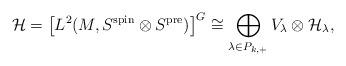
LaTeX: \begin{align*}\mathcal{H} = \big[L^2(M, S^{\mathrm{spin}} \otimes S^{\mathrm{pre}})\big]^{G} \cong \bigoplus_{\lambda \in P_{k,+}} V_{\lambda} \otimes \mathcal{H}_{\lambda}, \end{align*}